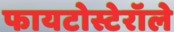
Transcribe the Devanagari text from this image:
फायटोस्टेरॉले